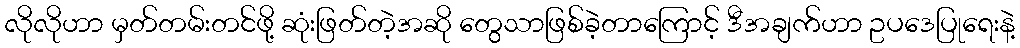
လိုလိုဟာ မှတ်တမ်းတင်ဖို့ ဆုံးဖြတ်တဲ့အဆို တွေသာဖြစ်ခဲ့တာကြောင့် ဒီအချက်ဟာ ဥပဒေပြုရေးနဲ့